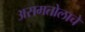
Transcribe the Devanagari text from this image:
असमतोलाचे